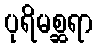
ပုရိမစ္ဆရာ